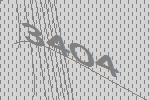
3404